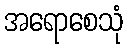
အရောစေသုံ